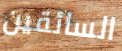
السائقين